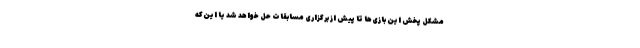
مشکل پخش این بازی‌ها تا پیش از برگزاری مسابقات حل خواهد شد یا این‌که